Veterinary regulations India, 1935 -
Year: 1935
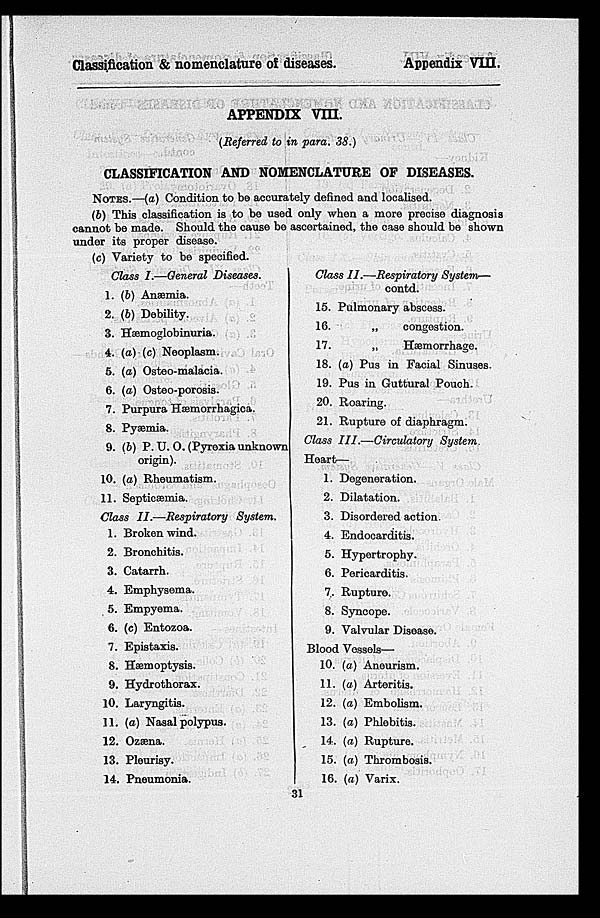
Classification & nomenclature of diseases.
Appendix VIII.
APPENDIX VIII.
(Referred to in para. 38.)
CLASSIFICATION AND NOMENCLATURE OF DISEASES.
NOTES.—(a) Condition to be accurately defined and localised.
(b) This classification is to be used only when a more precise diagnosis
cannot be made. Should the cause be ascertained, the case should be shown
under its proper disease.
(c) Variety to be specified.
Class I.—General Diseases.
1.
2.
3.
4.
5.
6.
7.
8.
9.
10.
11.
(b) Anæmia.
(b) Debility.
Hæmoglobinuria.
(a) (c) Neoplasm.
(a) Osteo-malacia.
(a) Osteo-porosis.
Purpura Hæmorrhagica.
Pyæmia.
(b) P. U. O. (Pyrexia unknown
origin).
(a) Rheumatism.
Septicæmia.
Class II.—Respiratory
System.
1.
2.
3.
4.
5.
6.
7.
8.
9.
10.
11.
12.
13.
14
Broken wind.
Bronchitis.
Catarrh.
Emphysema.
Empyema.
(c) Entozoa.
Epistaxis.
Hæmoptysis.
Hydrothorax.
Laryngitis.
(a) Nasal polypus.
Ozæna.
Pleurisy.
Pneumonia.
Class II.—Respiratory System—
contd.
15.
16.
17.
18.
19.
20.
21.
Pulmonary abscess.
„
congestion.
„
Hæmorrhage.
(a) Pus in Facial Sinuses.
Pus in Guttural Pouch.
Roaring.
Rupture of diaphragm.
Class III.—Circulatory
System.
Heart—
1.
2.
3.
4.
5.
6.
7,
8.
9.
Degeneration.
Dilatation.
Disordered action.
Endocarditis.
Hypertrophy.
Pericarditis.
Rupture.
Syncope.
Valvular Disease.
Blood Vessels—
10.
11.
12.
13.
14.
15.
16
(a) Aneurism.
(a) Arteritis.
(a) Embolism.
(a) Phlebitis.
(a) Rupture.
(a) Thrombosis.
(a) Varix.
31